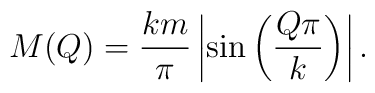
M(Q)=\frac{km}{\pi}\left|\sin\left(\frac{Q\pi}{k}\right)\right|.